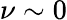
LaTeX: \nu\sim 0